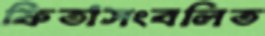
ফিতাসংবলিত